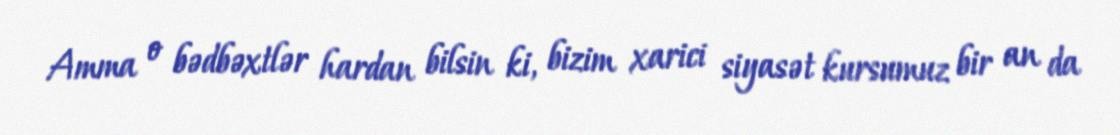
Amma o bədbəxtlər hardan bilsin ki, bizim xarici siyasət kursumuz bir an da